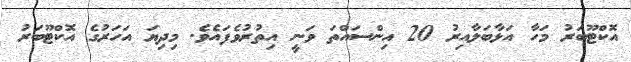
އޮކްޓޫބަރު މަހާ އަޅާބަލާއިރު 20 އިންސައްތަ ވަނީ އިތުރުވެފައެވެ. މިދިޔަ އަހަރުގެ އޮކްޓޫބަރު